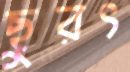
ছুরৎ